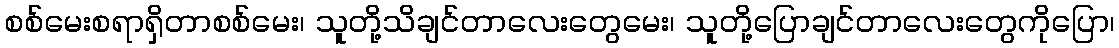
စစ်မေးစရာရှိတာစစ်မေး၊ သူတို့သိချင်တာလေးတွေမေး၊ သူတို့ပြောချင်တာလေးတွေကိုပြော၊